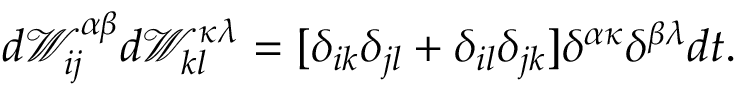
d \mathscr { W } _ { i j } ^ { \alpha \beta } d \mathscr { W } _ { k l } ^ { \kappa \lambda } = [ \delta _ { i k } \delta _ { j l } + \delta _ { i l } \delta _ { j k } ] \delta ^ { \alpha \kappa } \delta ^ { \beta \lambda } d t .